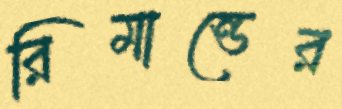
রিমান্ডের